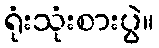
ရုံးသုံးစားပွဲ။